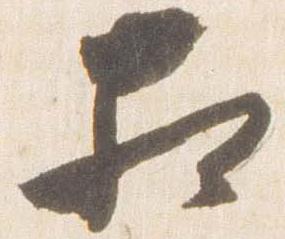
相